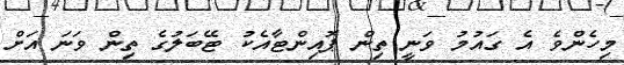
މިހެންވެ އެ ގައުމު ވަނީ ތިން ޕޮއިންޓާއެކު ޓޭބަލުގެ ތިން ވަނަ އަށް